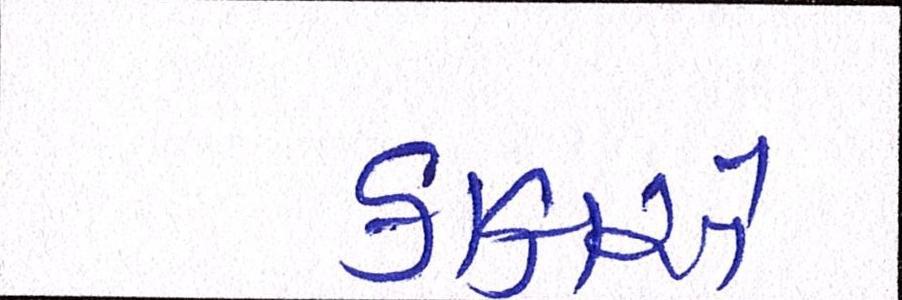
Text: કાકાએ